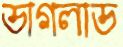
ডাগলাড